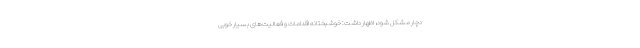
دچار مشکل شود، اظهار داشت: خوشبختانه اقدامات و فعالیت‌های بسیار خوبی